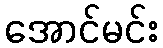
အောင်မင်း